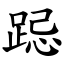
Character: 跽